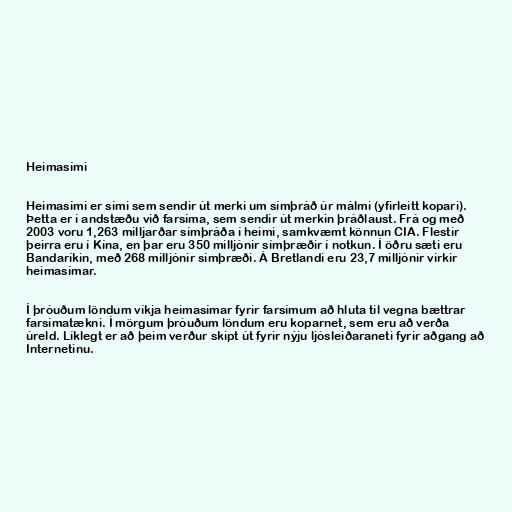
Heimasími

Heimasími er sími sem sendir út merki um símþráð úr málmi (yfirleitt kopari).
Þetta er í andstæðu við farsíma, sem sendir út merkin þráðlaust. Frá og með
2003 voru 1,263 milljarðar símþráða í heimi, samkvæmt könnun CIA. Flestir
þeirra eru í Kína, en þar eru 350 milljónir símþræðir í notkun. Í öðru sæti eru
Bandaríkin, með 268 milljónir símþræði. Á Bretlandi eru 23,7 milljónir virkir
heimasímar.

Í þróuðum löndum víkja heimasímar fyrir farsímum að hluta til vegna bættrar
farsímatækni. Í mörgum þróuðum löndum eru koparnet, sem eru að verða
úreld. Líklegt er að þeim verður skipt út fyrir nýju ljósleiðaraneti fyrir aðgang að
Internetinu.